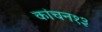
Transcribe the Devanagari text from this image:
कांचन१३